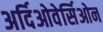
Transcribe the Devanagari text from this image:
अर्दिओवेर्सिओन